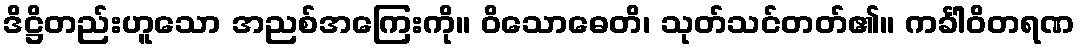
ဒိဋ္ဌိတည်းဟူသော အညစ်အကြေးကို။ ဝိသောဓေတိ၊ သုတ်သင်တတ်၏။ ကင်္ခါဝိတရဏ